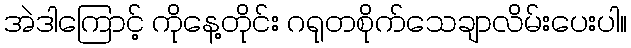
အဲဒါကြောင့် ကိုနေ့တိုင်း ဂရုတစိုက်သေချာလိမ်းပေးပါ။